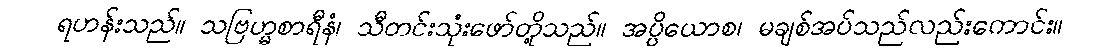
ရဟန်းသည်။ သဗြဟ္မစာရီနံ၊ သီတင်းသုံးဖော်တို့သည်။ အပ္ပိယောစ၊ မချစ်အပ်သည်လည်းကောင်း။